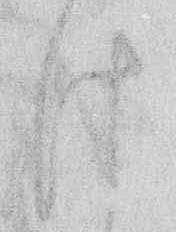
け